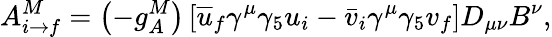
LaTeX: A_{i\rightarrow f}^{M}=\left(-g_{A}^{M}\right)\left[\overline{{{u}}}_{f}\gamma^{\mu}\gamma_{5}u_{i}-\bar{v}_{i}\gamma^{\mu}\gamma_{5}v_{f}\right]D_{\mu\nu}B^{\nu},